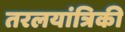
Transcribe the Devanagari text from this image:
तरलयांत्रिकी